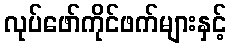
လုပ်ဖော်ကိုင်ဖက်များနှင့်